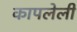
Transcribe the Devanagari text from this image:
कापलेली